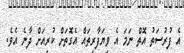
އެ ފުރުސަތު އޮތް ނަމަ އެ ވިޔަފާރިތައް އެގޮޮތަށް ކުރިއަށް ދާނެ އެވެ.